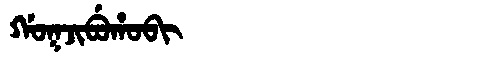
Manchu: ᡤᠣᡴᠵᡳᠪᡠᡥᠣᠪᡳ
Romanization: GOKJIBUHOBI